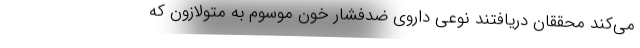
می‌کند محققان دریافتند نوعی داروی ضدفشار خون موسوم به متولازون که